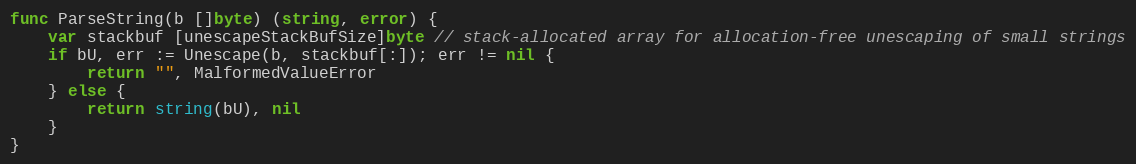
Language: Go
func ParseString(b []byte) (string, error) {
	var stackbuf [unescapeStackBufSize]byte // stack-allocated array for allocation-free unescaping of small strings
	if bU, err := Unescape(b, stackbuf[:]); err != nil {
		return "", MalformedValueError
	} else {
		return string(bU), nil
	}
}